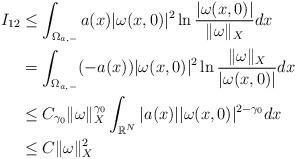
LaTeX: \begin{align*}I_{12}&\leq\displaystyle\int_{\Omega_{a,-}}a(x)|\omega(x,0)|^2\ln\frac{|\omega(x,0)|}{\|\omega\|_X}dx\\&=\displaystyle\int_{\Omega_{a,-}}(-a(x))|\omega(x,0)|^2\ln\frac{\|\omega\|_X}{|\omega(x,0)|}dx\\&\leq C_{\gamma_0}\|\omega\|_X^{\gamma_0}\displaystyle\int_{\mathbb{R}^N}|a(x)||\omega(x,0)|^{2-\gamma_0}dx\\&\leq C\|\omega\|_X^2\end{align*}